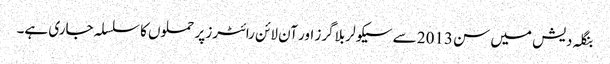
بنگلہ دیش میں سن 2013 سے سیکولر بلاگرز اور آن لائن رائٹرز پر حملوں کا سلسلہ جاری ہے۔